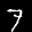
Label: 7